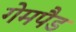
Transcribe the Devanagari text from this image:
गेमपैड